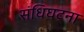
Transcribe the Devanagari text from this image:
संधिघटना